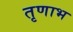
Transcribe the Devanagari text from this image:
तृणाभ